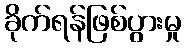
ခိုက်ရန်ဖြစ်ပွားမှု